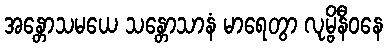
အန္တောသမယေ သန္တောသာနံ မာရေတွာ လုမ္ဗိနီဝနေ